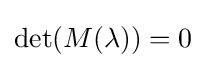
\det(M(\lambda ))=0